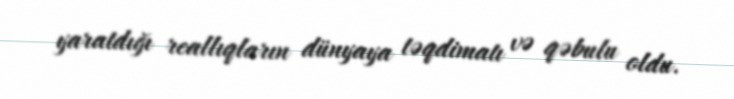
yaratdığı reallıqların dünyaya təqdimatı və qəbulu oldu.